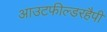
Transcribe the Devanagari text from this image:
आउटफील्डरहैपी